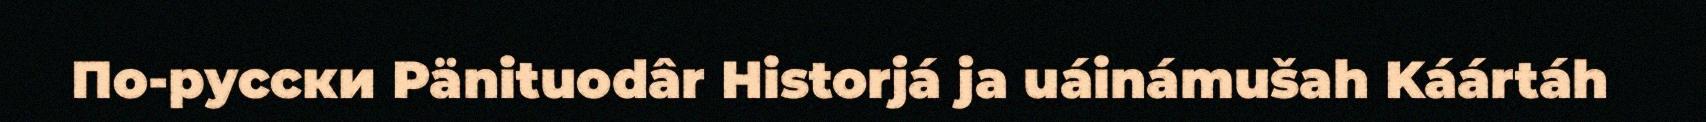
По-русски Pänituodâr Historjá ja uáinámušah Káártáh